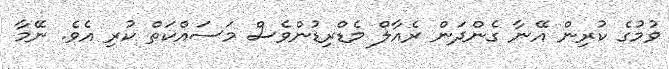
ވުމުގެ ކުރިން އޭނާ ގެންދަން ރެއާލް މެޑްރިޑުންވެސް މަސައްކަތް ކުރި އެވެ. ނޭމާ